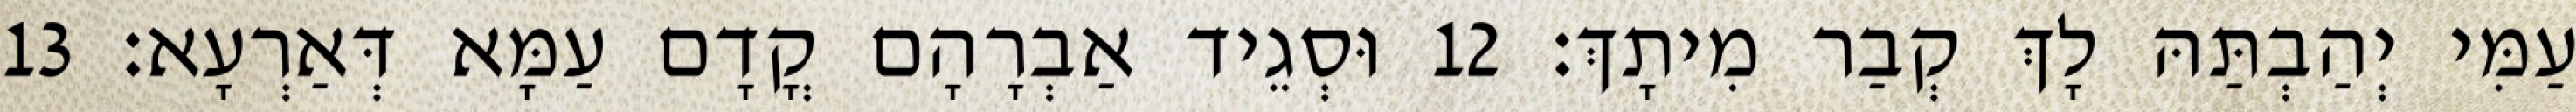
עַמִּי יְהַבְתַּהּ לָךְ קְבַר מִיתָךְ׃ 12 וּסְגֵיד אַבְרָהָם קֳדָם עַמָּא דְּאַרְעָא׃ 13